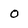
Character: 0